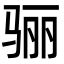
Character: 骊